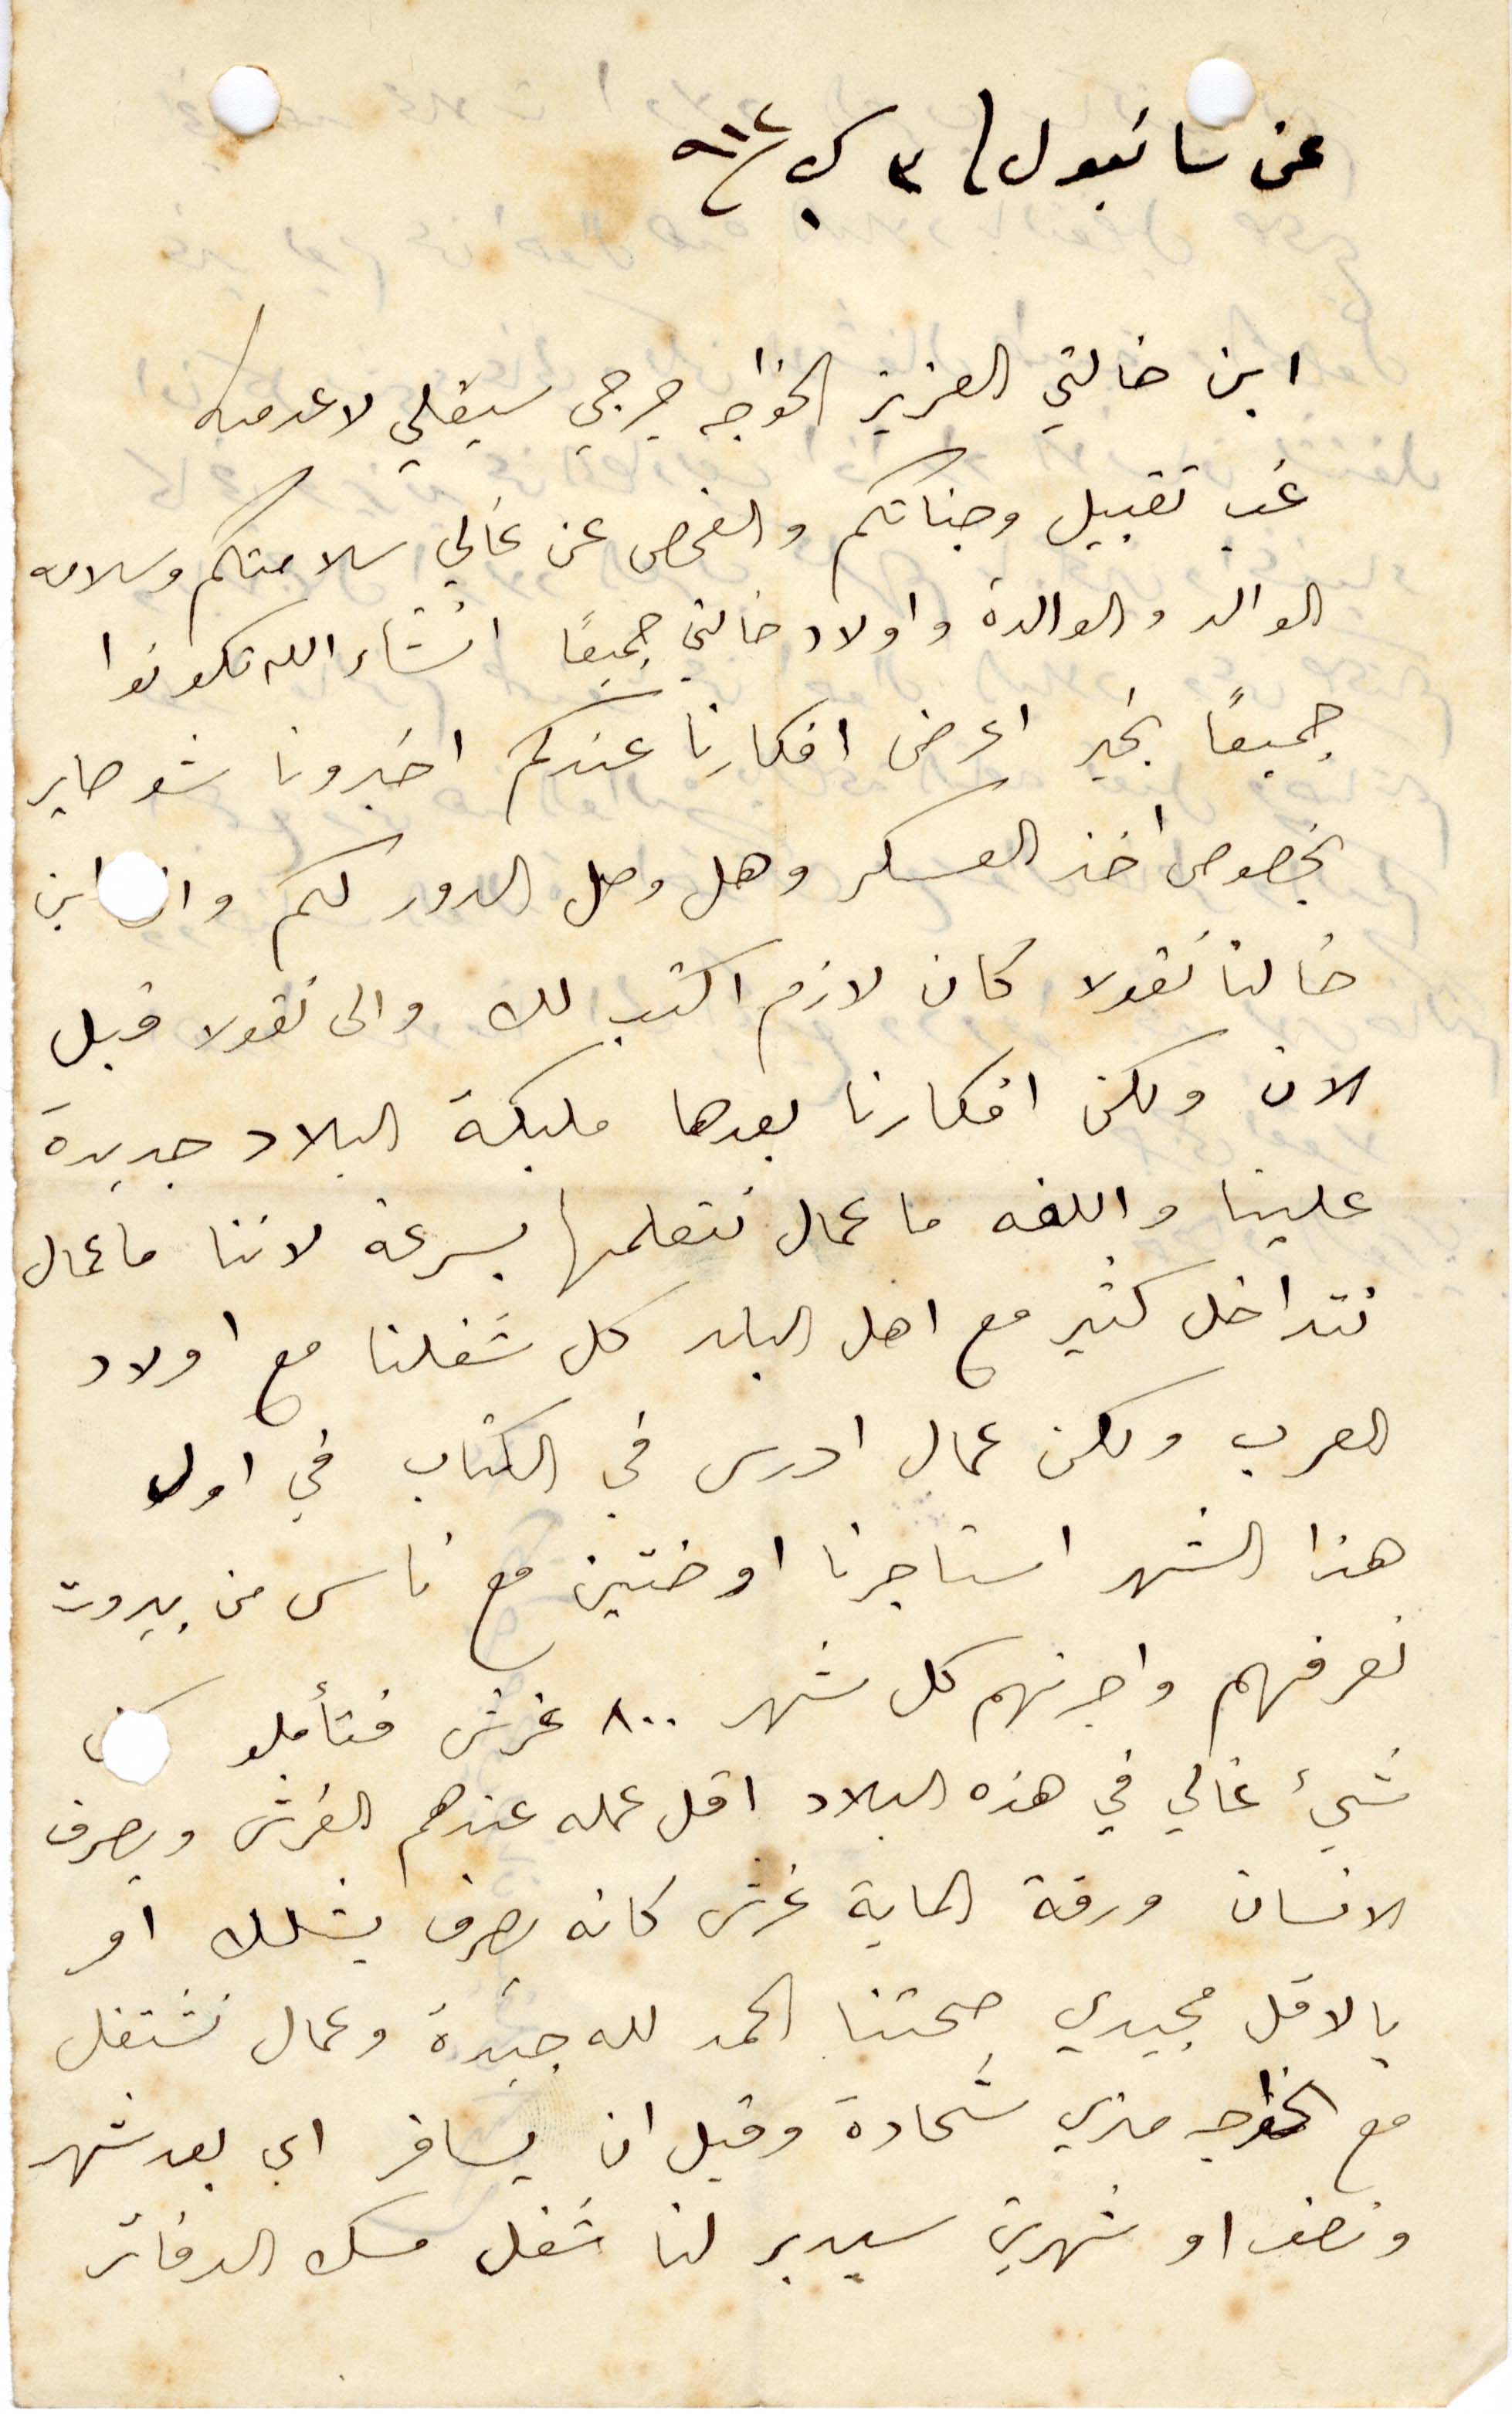
عن سانبول في ٣ كانون الأول ١٩١٢
ابن خالتي العزيز الخواجه جرجي سيقلي لاعرميه
غب تقبيل وجناتكم والفحص عن غالي سلامتكم وسلامة
الوالد والوالدة واولاد خالتي جميعًا انشالله تكونوا
جميعًا بخير اعرض افكارنا عندكم اخبرونا شو صاير
بخصوص اخذ العسكر وهل وصل الدور لكم وان ابن
خالنا نقولا كان لازم اكتب لك والى نقولا قبل
الآن ولكن افكارنا بعدها مليكة البلاد جديدة
علينا واللغة ما عمال نتعلمها بسرعة لأننا ما عمال
خل كتير مع اهل البلد كل شغلنا مع أولاد
العرب ولكن عمال ادرس في الكتاب في اول
هذا الشهر استاجرنا اوضتين ما ناس من بيروت
نعرفهم واجرتهم كل شهر ٨٠٠ غرش فتأملو كل
شي غالي غالي في هذه البلاد اقل عمله عندهم الغرش وبصرف
الانسان ورقة الماية غرش كانه صرف بشلك او
بالاقل مجيدي صحتنا الحمدالله جيدة وعمال نشتغل
مع الخواجه متري شحادة وقبل ان يسافر أي يعد شهر
ونصف او شهرين سيدبر لنا شغل مسك الدفاتر